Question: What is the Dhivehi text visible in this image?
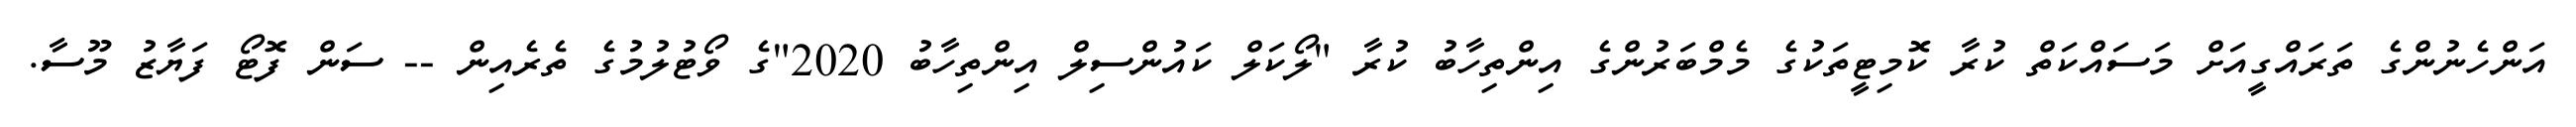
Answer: އަންހެނުންގެ ތަރައްގީއަށް މަސައްކަތް ކުރާ ކޮމިޓީތަކުގެ މެމްބަރުންގެ އިންތިހާބު ކުރާ "ލޯކަލް ކައުންސިލް އިންތިހާބު 2020"ގެ ވޯޓުލުމުގެ ތެރެއިން -- ސަން ފޮޓޯ ފަޔާޒު މޫސާ.